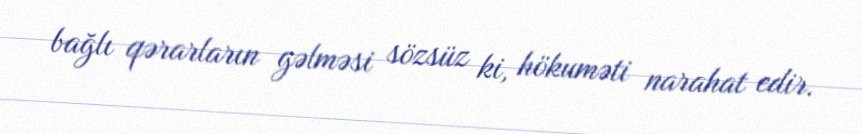
bağlı qərarların gəlməsi sözsüz ki, hökuməti narahat edir.